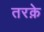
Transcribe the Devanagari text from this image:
तरक़े